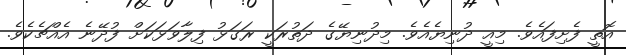
އޮތީ ފެށިފައެވެ. މިއީ ދުނިޔެއެވެ. މިދުނިޔޭގެ ދަތުރަކީ ރަގަޅު ފިލާވަޅަކަށް ފުދޭނެ އެއްޗެކެވެ.